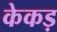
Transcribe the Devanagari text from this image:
केकड़